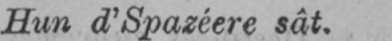
Hun d’Spazéere sât.